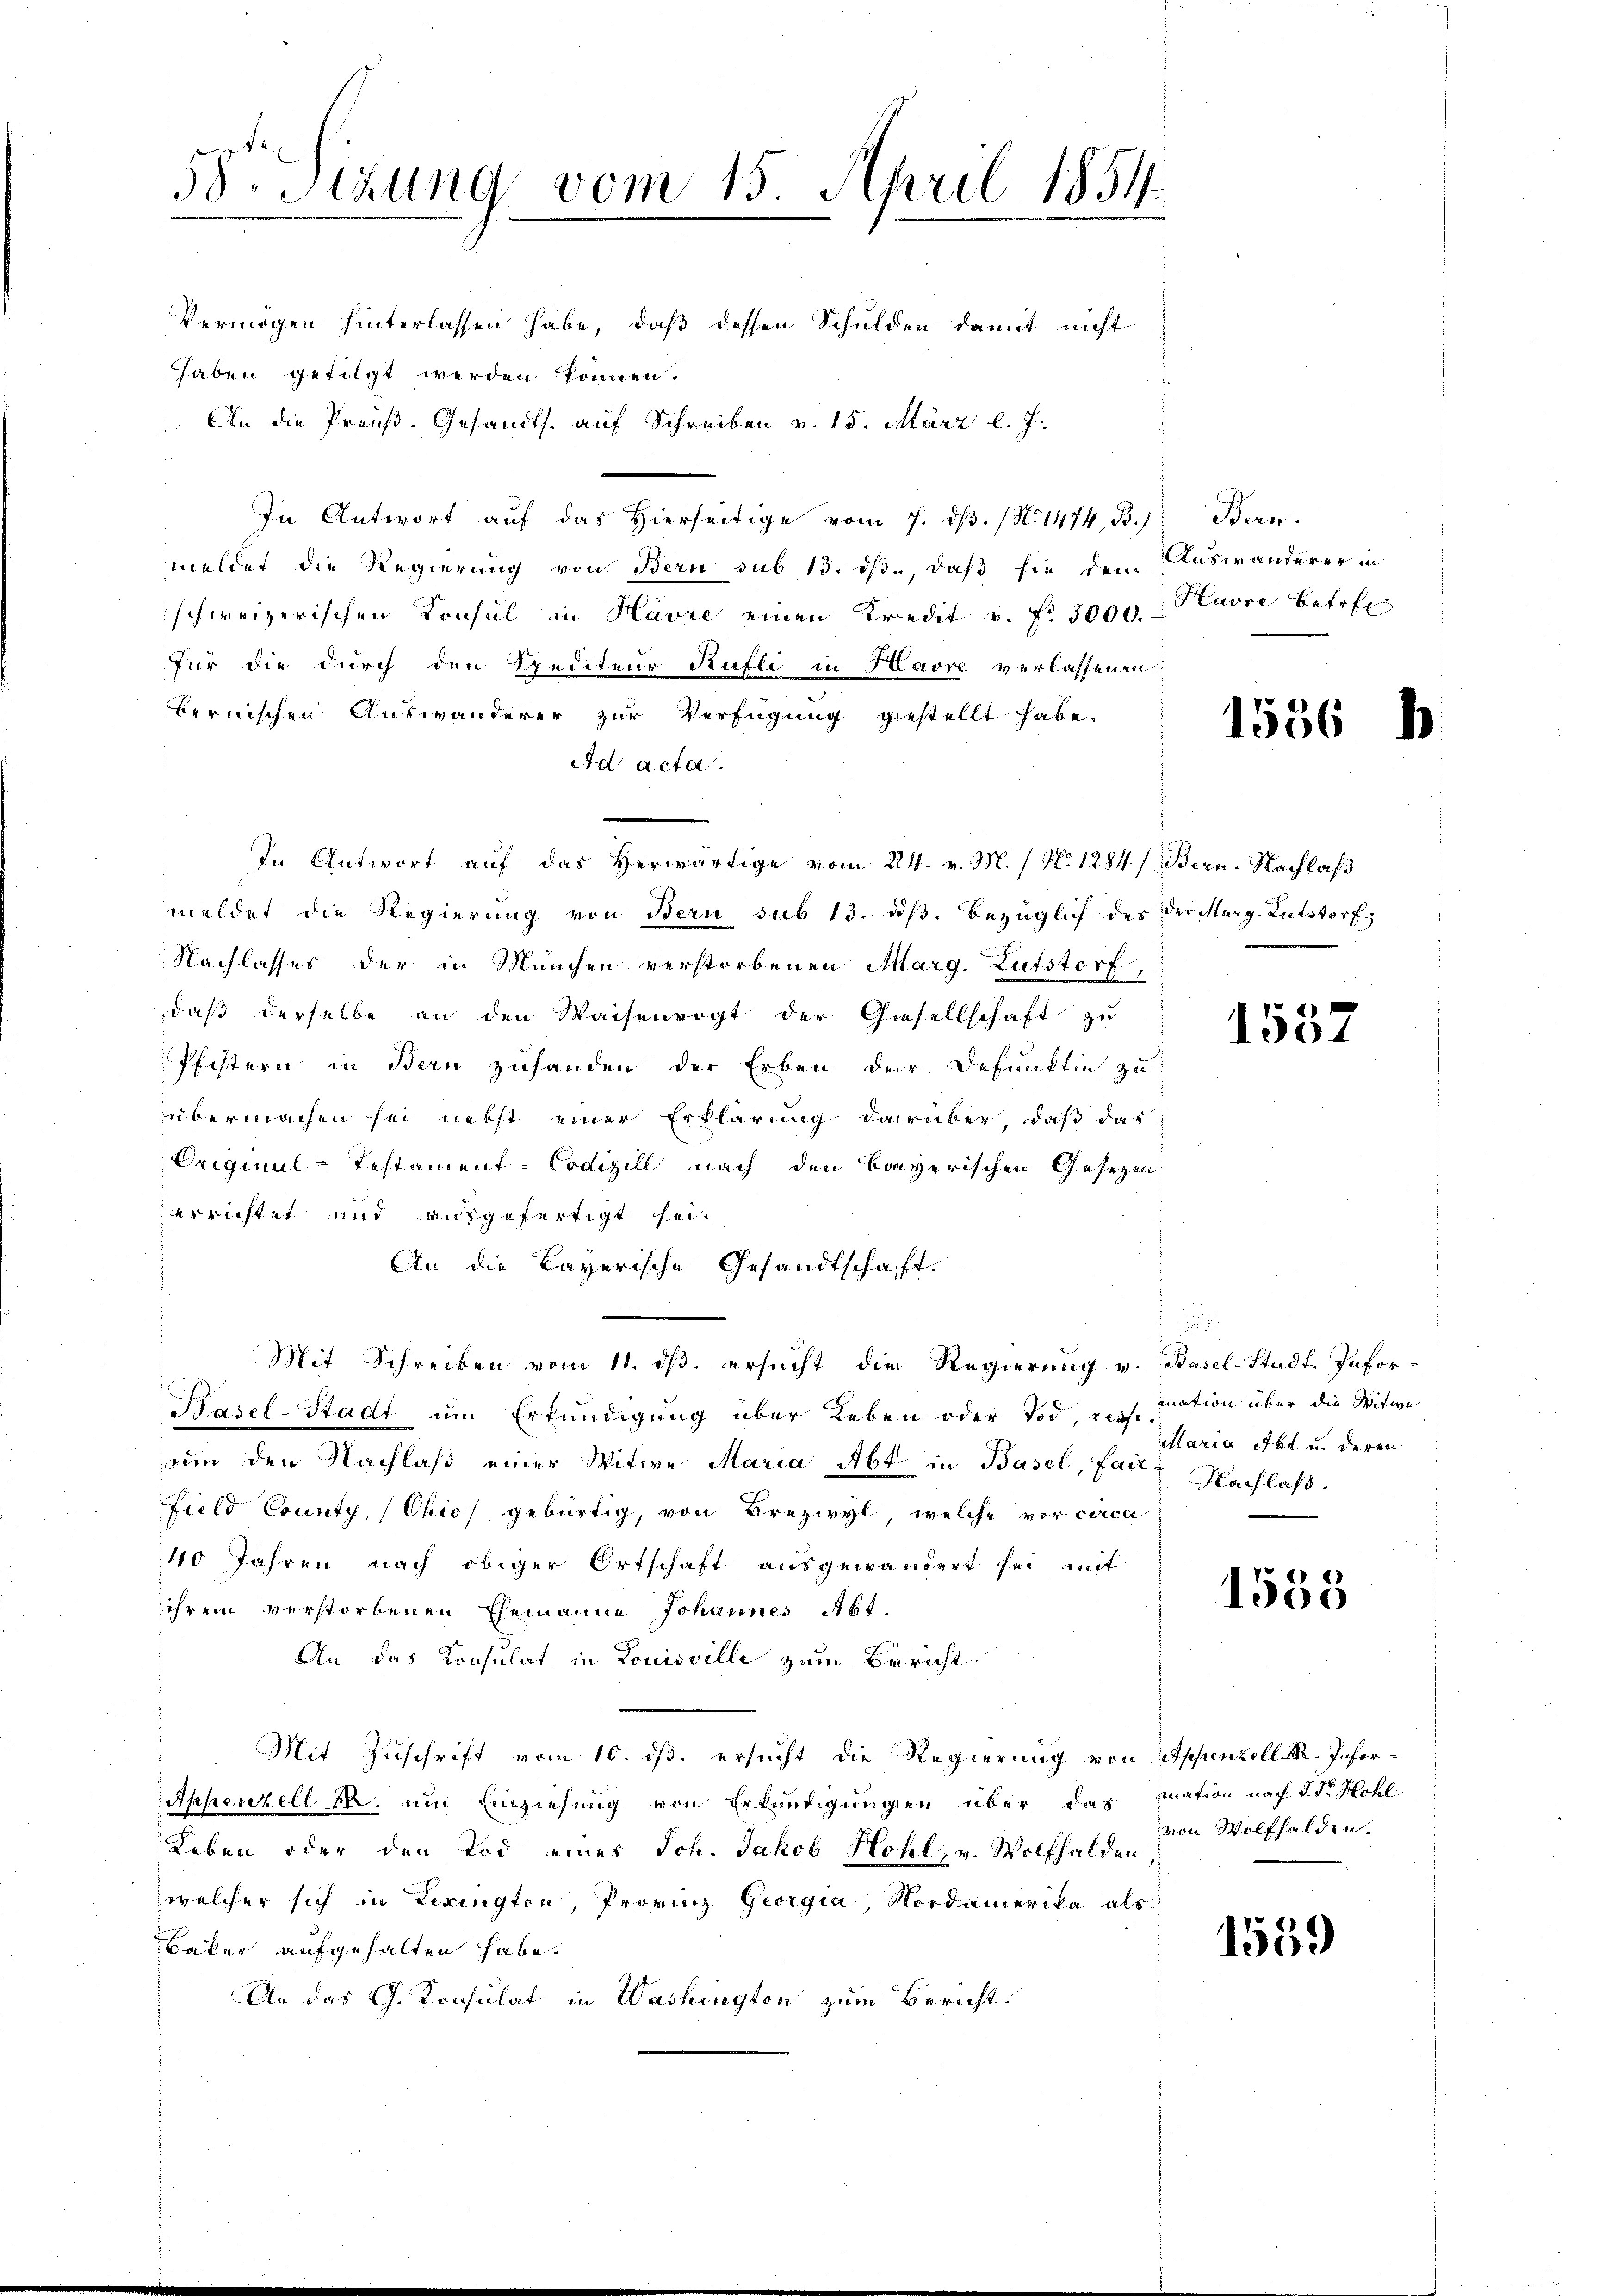
58. Sitzung vom 15. April 1854.
Vermögen hinterlassen habe, daß dessen Schulden damit nicht
haben gefolgt werden können.
An die Preuß. Gesandts. auf Schreiben v. 15. März l. J.

In Antwort auf das Hierseitige vom 7. dβ. / N. 1474, B.)
meldet die Regierung von Bern sub 13. dβ., daß sie dem
schweizerischen Konsul in Havre einen Kredit v. f. 3000.
für die durch den Spediteur Rufli in Havre verlassenen
bernischen Auswanderer zur Verfügung gestellt habe.
Ad acta.
In Antwort aŭf das herwärtige vom 24. v. M. / No 1284) Bern-Nachlaβ
meldet die Regierung von Bern sub 13. diβ. bezüglich des der Marg-Lutstorf
Nachlasses der in München verstorbenen Marg. Lutstorf,
daß derselbe an den Waisenvogt der Gesellschaft zu
Pfistern in Bern zuhanden der Erben der Defunktin zu
übermachen sei nebst einer Erklärung darüber daß das
Original-Testament-Codicill nach den Bayerischen Gesetzen,
errichtet und ausgefertigt sei.
An die Bayerische Gesandtschaft.
Mit Schreiben vom 11. ds. ersucht die Regierung v. Basel-Stadt-Infor-
Pasel-Stadt um Erkundigung über Leben oder Tod, u. s. dation über die Witwe
um den Nachlaß einer Witwe Maria Abt in Basel, fait Nachlaß
field County, (Chios gebürtig, von Brezwyl, welche vor circa
40 Jahren nach obiger Ortschaft ausgewandert sei mit
iihrem verstorbenen Ehemanne Johannes Abt.
An das Konsulat in Louisville zum Bericht
Mit Zuschrift vom 10. ds. ersucht die Regierung von Appenzell M. Infor¬
Appenzell 14. um Einziehung von Erkundigungen über das mation nach d. Dr. Hohl
Leben oder den Tod eines Joh. Jakob Hohl, v. Wolfhalden
welcher sich in Lexington, Provinz Georgia, Nordamerika als
Bäker aufgehalten habe.
An das G. Konsulat in Washington zum Bericht.

Bern.
Auswanderer in
Havre Betr

1556

1537

.
itaria Abt u. deren

1555

von Wolfhalden.

1559